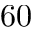
6 0